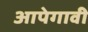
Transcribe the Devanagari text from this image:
आपेगावी